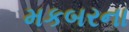
મકબરના